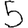
Digit: 5